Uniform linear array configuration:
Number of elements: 64
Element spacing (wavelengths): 0.5
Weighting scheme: uniform
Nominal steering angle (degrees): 0
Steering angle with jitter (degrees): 1.821
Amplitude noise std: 0.05
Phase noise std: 0.05

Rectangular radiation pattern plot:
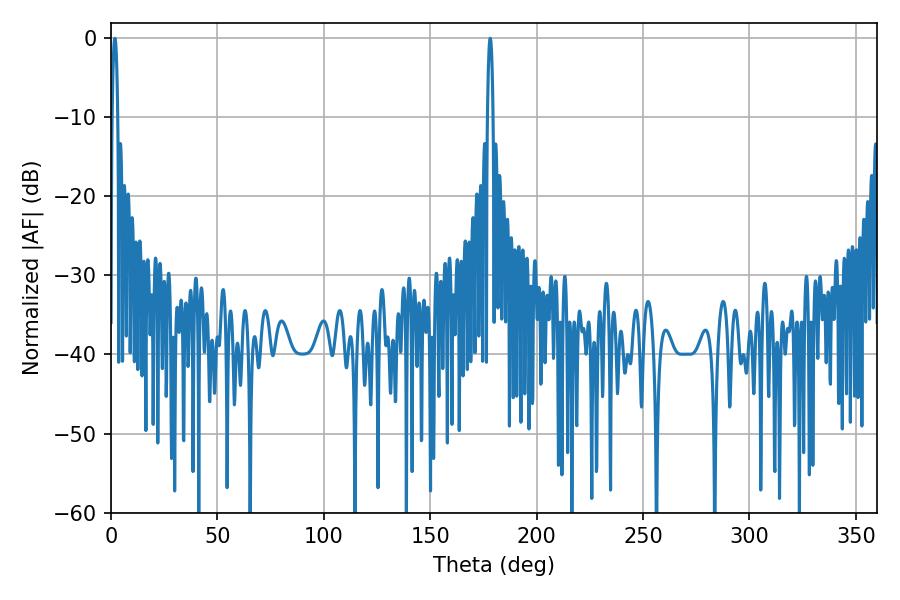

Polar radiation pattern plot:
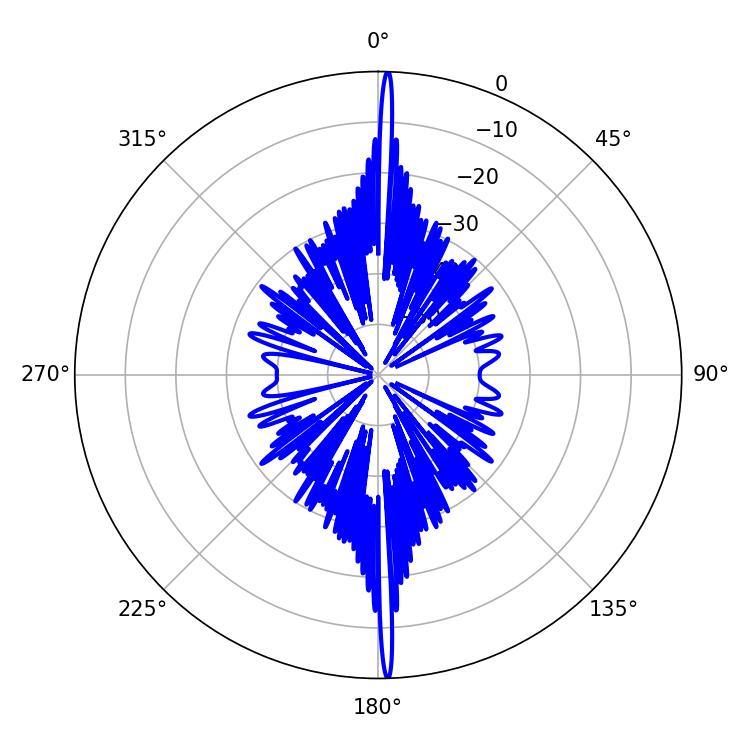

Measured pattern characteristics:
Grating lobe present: FALSE
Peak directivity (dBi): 30.045
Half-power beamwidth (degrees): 1.44
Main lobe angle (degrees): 1.8